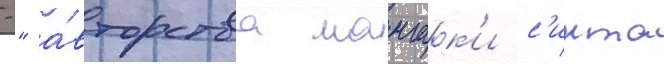
-" а́вторства мангак'и с'инта